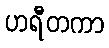
ဟရီတကာ